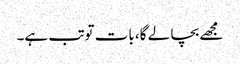
مجھے بچا لے گا، بات توتب ہے۔